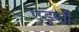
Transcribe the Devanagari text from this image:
एडुसी